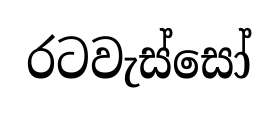
රටවැස්සෝ